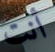
أنت